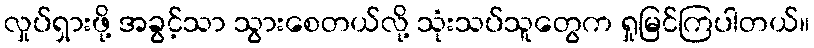
လှုပ်ရှားဖို့ အခွင့်သာ သွားစေတယ်လို့ သုံးသပ်သူတွေက ရှုမြင်ကြပါတယ်။